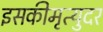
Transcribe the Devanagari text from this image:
इसकीमृत्युदर